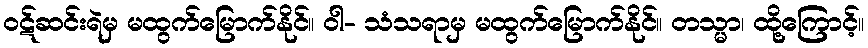
ဝဋ်ဆင်းရဲမှ မထွက်မြောက်နိုင်။ ဝါ- သံသရာမှ မထွက်မြောက်နိုင်။ တသ္မာ၊ ထို့ကြောင့်။